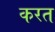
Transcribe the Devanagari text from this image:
करत